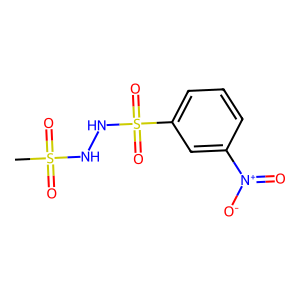
SMILES: CS(=O)(=O)NNS(=O)(=O)c1cccc([N+](=O)[O-])c1
Inhibits HIV replication: No